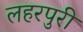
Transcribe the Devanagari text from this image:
लहरपुरी